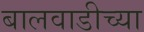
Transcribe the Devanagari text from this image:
बालवाडीच्या